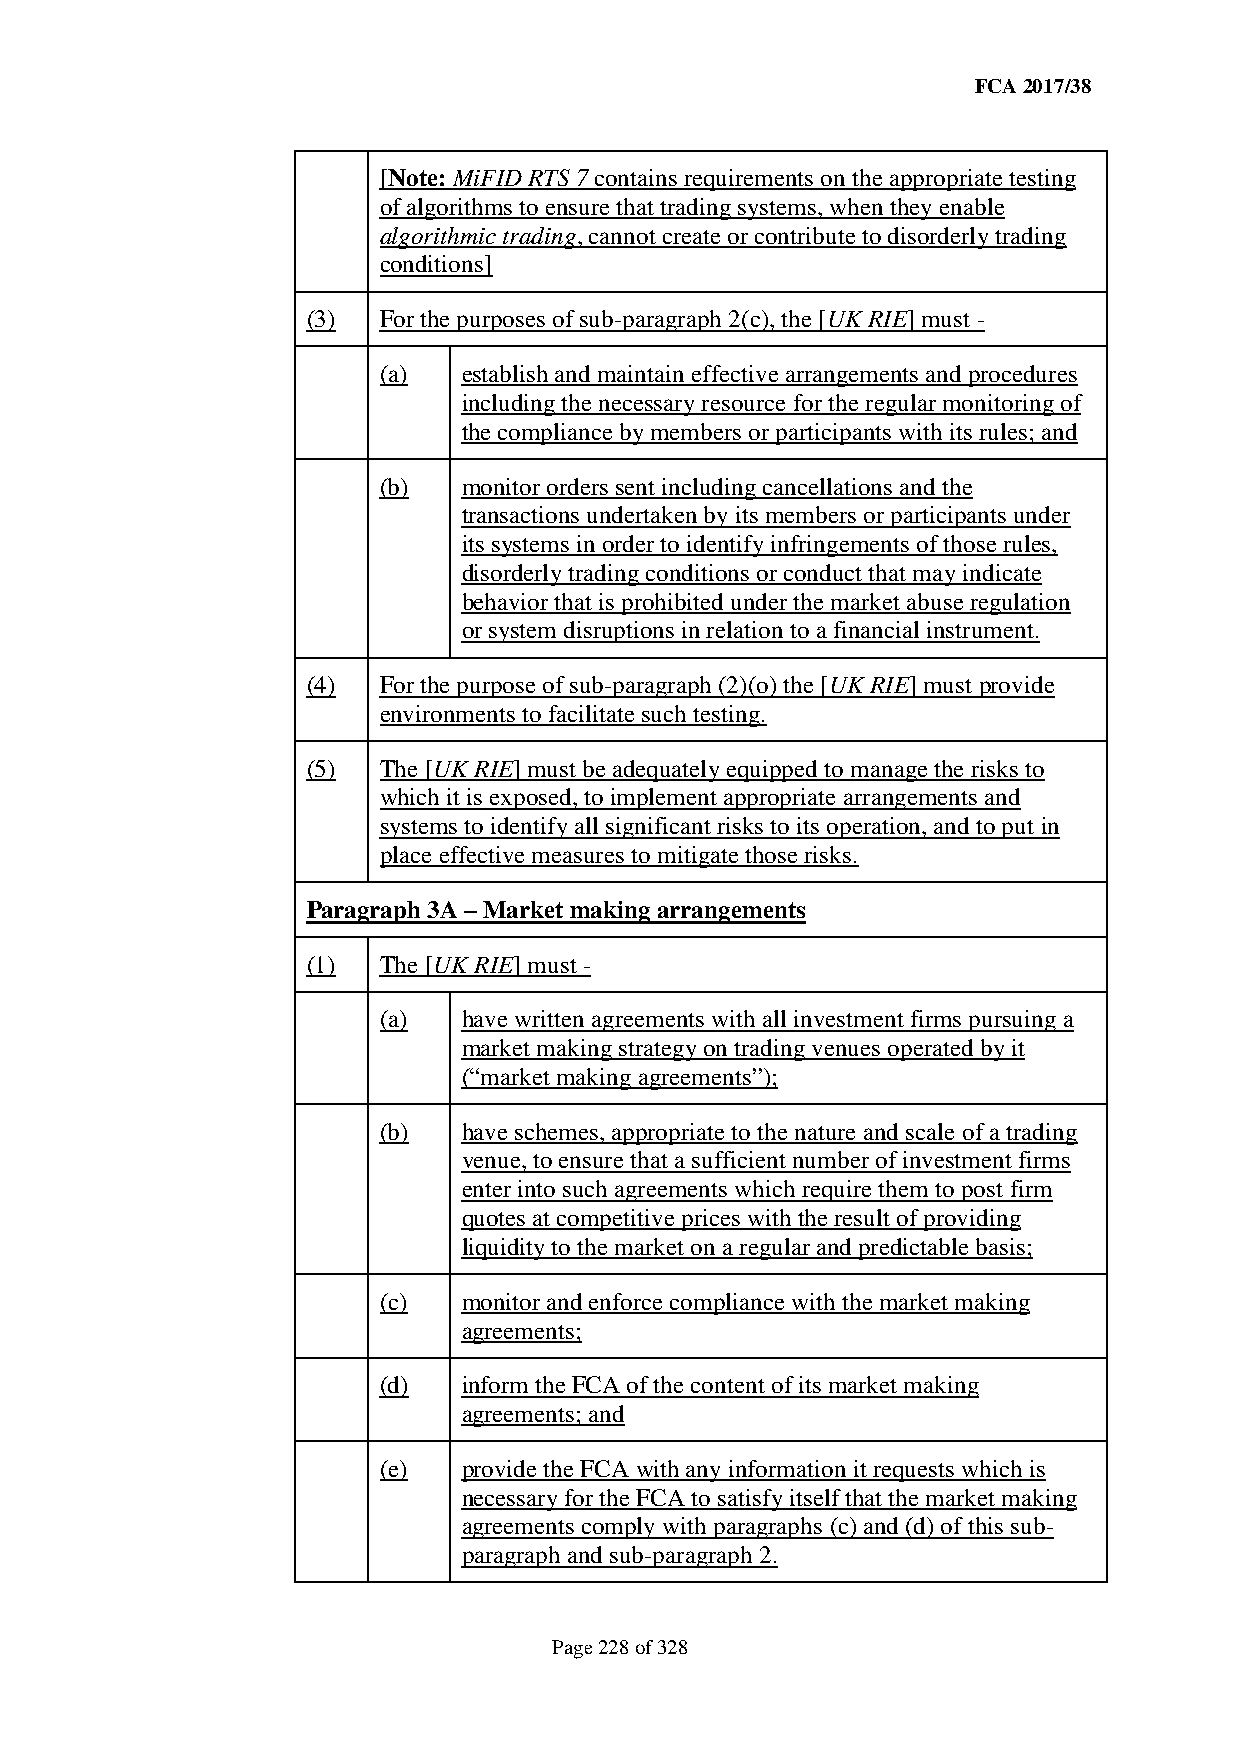
FCA 2017/38
 [Note: MiFID RTS 7 contains requirements on the appropriate testing
 of algorithms to ensure that trading systems, when they enable
 algorithmic trading, cannot create or contribute to disorderly trading
 conditions]
 (3)  For the purposes of sub-paragraph 2(c), the [UK RIE] must -
 (a)   establish and maintain effective arrangements and procedures
 including the necessary resource for the regular monitoring of
 the compliance by members or participants with its rules; and
 (b)   monitor orders sent including cancellations and the
 transactions undertaken by its members or participants under
 its systems in order to identify infringements of those rules,
 disorderly trading conditions or conduct that may indicate
 behavior that is prohibited under the market abuse regulation
 or system disruptions in relation to a financial instrument.
 (4)  For the purpose of sub-paragraph (2)(o) the [UK RIE] must provide
 environments to facilitate such testing.
 (5)  The [UK RIE] must be adequately equipped to manage the risks to
 which it is exposed, to implement appropriate arrangements and
 systems to identify all significant risks to its operation, and to put in
 place effective measures to mitigate those risks.
 Paragraph 3A – Market making arrangements
 (1)  The [UK RIE] must -
 (a)   have written agreements with all investment firms pursuing a
 market making strategy on trading venues operated by it
 (“market making agreements”);
 (b)   have schemes, appropriate to the nature and scale of a trading
 venue, to ensure that a sufficient number of investment firms
 enter into such agreements which require them to post firm
 quotes at competitive prices with the result of providing
 liquidity to the market on a regular and predictable basis;
 (c)   monitor and enforce compliance with the market making
 agreements;
 (d)   inform the FCA of the content of its market making
 agreements; and
 (e)   provide the FCA with any information it requests which is
 necessary for the FCA to satisfy itself that the market making
 agreements comply with paragraphs (c) and (d) of this sub-
 paragraph and sub-paragraph 2.
 Page 228 of 328